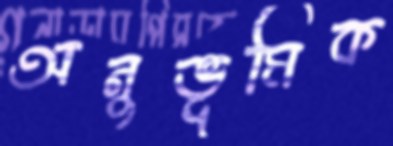
অনুভূমিক